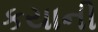
કયાની